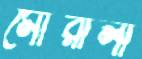
মৌরালা